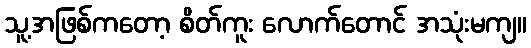
သူ့အဖြစ်ကတော့ စိတ်ကူး လောက်တောင် အသုံးမကျ။